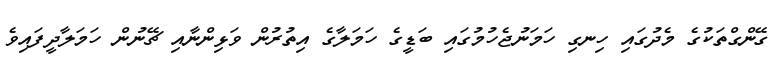
ގޭންގްތަކުގެ މެދުގައި ހިނގި ހަމަނުޖެހުމުގައި ބަޑީގެ ހަމަލާގެ އިތުރުން ވަޅިންނާއި ޗޭނުން ހަމަލާދީފައިވެ